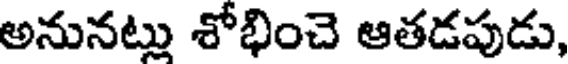
అనునట్లు శోభించె ఆతడపుడు,